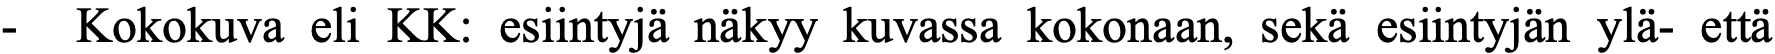
- Kokokuva eli KK: esiintyjä näkyy kuvassa kokonaan, sekä esiintyjän ylä- että